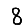
Digit: 8